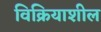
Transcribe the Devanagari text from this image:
विक्रियाशील